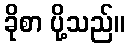
ခိုစာ ပို့သည်။